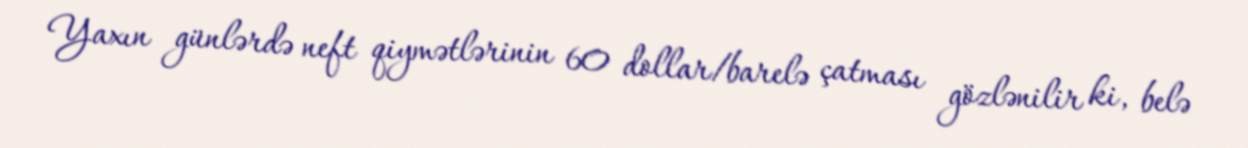
Yaxın günlərdə neft qiymətlərinin 60 dollar/barelə çatması gözlənilir ki, belə